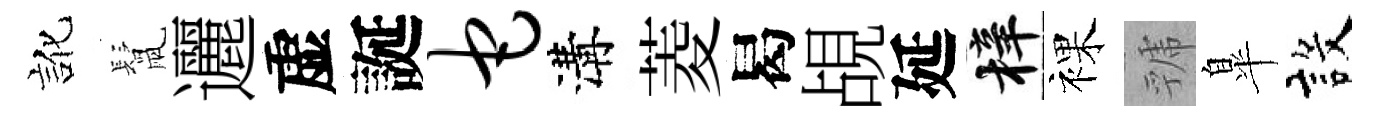
訛鬛邐虚誕它溝菱曷覘延梓裸虢臯設